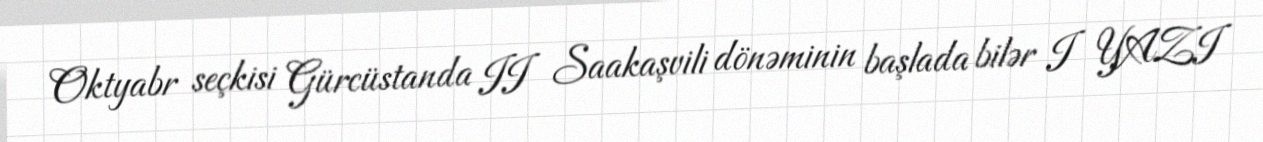
Oktyabr seçkisi Gürcüstanda II Saakaşvili dönəminin başlada bilər I YAZI